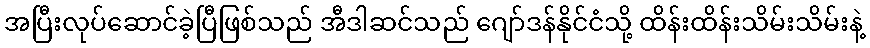
အပြီးလုပ်ဆောင်ခဲ့ပြီဖြစ်သည် အီဒါဆင်သည် ဂျော်ဒန်နိုင်ငံသို့ ထိန်းထိန်းသိမ်းသိမ်းနဲ့